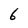
Character: 6